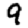
Digit: 9